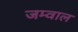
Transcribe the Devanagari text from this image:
जम्वाल